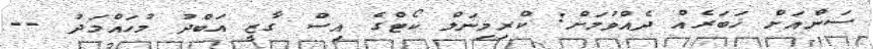
ސަންއަށް ޚަބަރެއް ދެއްވުމަށް: ކްރިމިނަލް ކޯޓްގެ އިސް ގާޒީ އަބްދު މުހައްމަދު --